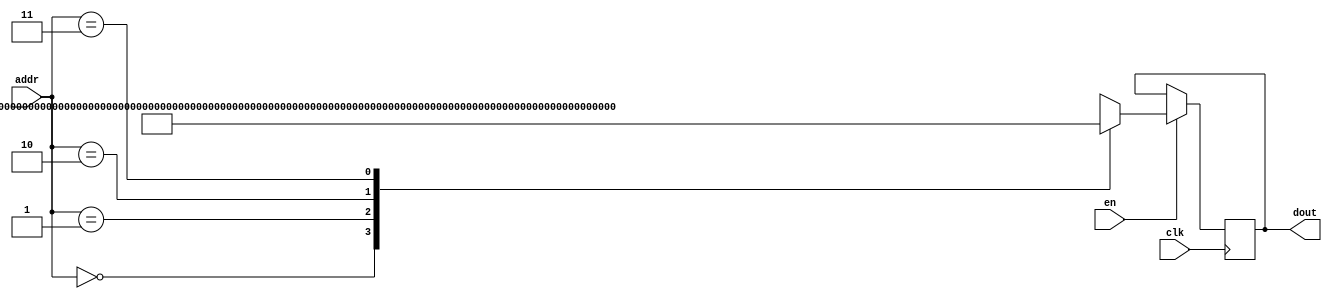
`timescale 1ns / 1ps
/*
Copyright
All right reserved.
Module Name: rom_syn
Author  : Zichuan Liu, Yixing Li and Wenye Liu.
Description:
A synthesized ROM: ROM_DEP x ROM_WID
*/
module AD_W_ROM_26(
// inputs
clk,
en,
addr,
// outputs
dout
);
localparam ROM_WID = 153;
localparam ROM_DEP = 4;
localparam ROM_ADDR = 2;
// input definition
input clk;
input en;
input [ROM_ADDR-1:0] addr;
// output definition
output [ROM_WID-1:0] dout;
reg [ROM_WID-1:0] data;
always @(posedge clk)
begin
if (en) begin
case(addr)
		2'd0: data <= 153'b000000000010010010000000011011000011111101000001001000000001101001100000000110101100111111101011100001000000010010001000000001000010010111111110110110101;
		2'd1: data <= 153'b000000000001111000000000011111111000000001011000000111111010111001111111101111011110100000000111110101000000110001111110000000011000101011111111010100100;
		2'd2: data <= 153'b000000010111101010000001001110001111111111111101010000000001010101111111101011011000100000000001101111000000000011000101111111101010001100000000111011101;
		2'd3: data <= 153'b111111111101111011111111111000001111111111111010000111111111101000001111111110101011011111111111000100111111111110101111111111111011001000000000000011011;
		endcase
		end
	end
	assign dout = data;
endmodule